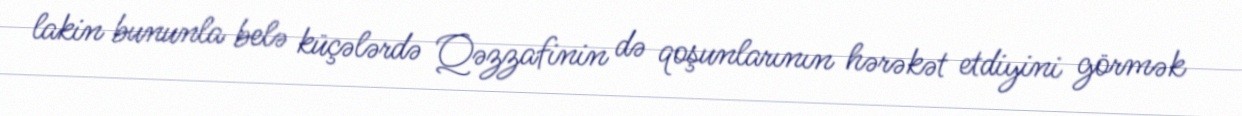
lakin bununla belə küçələrdə Qəzzafinin də qoşunlarının hərəkət etdiyini görmək